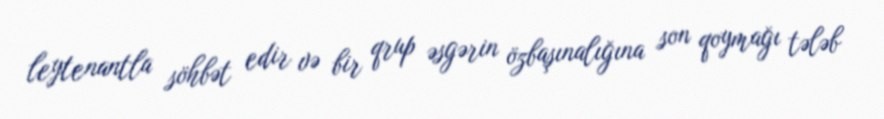
leytenantla söhbət edir və bir qrup əsgərin özbaşınalığına son qoymağı tələb